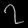
Digit: ၇